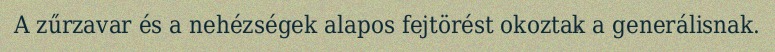
A zűrzavar és a nehézségek alapos fejtörést okoztak a generálisnak.